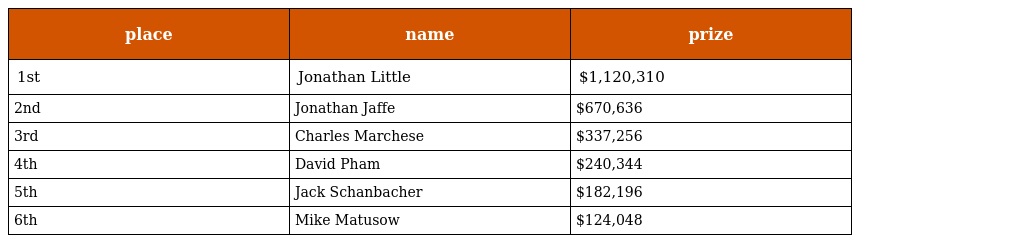
| place | name | prize |
 | --- | --- | --- |
 | 1st | Jonathan Little | $1,120,310 |
 | 2nd | Jonathan Jaffe | $670,636 |
 | 3rd | Charles Marchese | $337,256 |
 | 4th | David Pham | $240,344 |
 | 5th | Jack Schanbacher | $182,196 |
 | 6th | Mike Matusow | $124,048 |